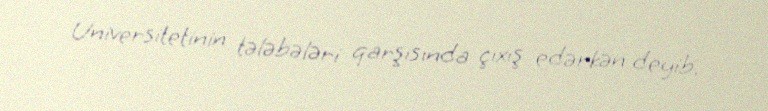
Universitetinin tələbələri qarşısında çıxış edərkən deyib.